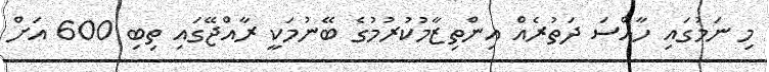
މި ނަމުގައި ހާއްސަ ދަތުރެއް އިންތިޒާމުކުރުމުގެ ބޭނުމަކީ ރާއްޖޭގައި ތިބި 600 އަށް